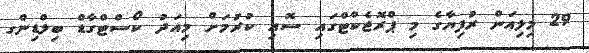
29 މިލިއަން ރުފިޔާގެ މި ޕްރޮޖެކްޓްގައި ސޮއި ކުރުމަށް މިއަދު ކޯސްޓްގާޑް ބިލްޑިންގ